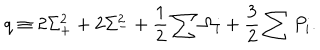
LaTeX: q \equiv 2 \Sigma _ { + } ^ { 2 } + 2 \Sigma _ { - } ^ { 2 } + \frac { 1 } { 2 } \sum \Omega _ { i } + \frac { 3 } { 2 } \sum P _ { i } .